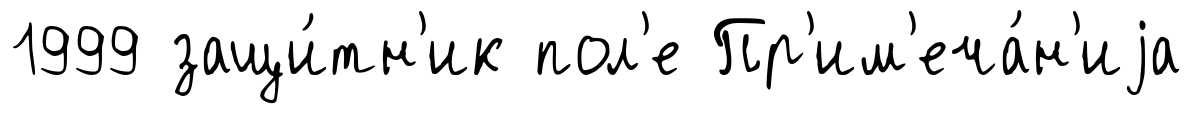
1999 защи́тн'ик пол'е Пр'им'еча́н'иjа